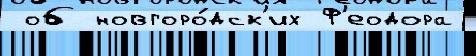
 об новгоро́дск'их Ф'еодора